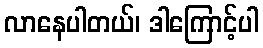
လာနေပါတယ်၊ ဒါကြောင့်ပါ